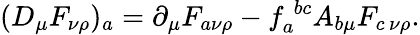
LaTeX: (D_{\mu}F_{\nu\rho})_{a}=\partial_{\mu}F_{a\nu\rho}-f_{a}^{\; bc}A_{b\mu}F_{c\, \nu\rho}.